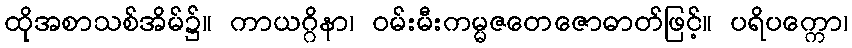
ထိုအစာသစ်အိမ်၌။ ကာယဂ္ဂိနာ၊ ဝမ်းမီးကမ္မဇတေဇောဓာတ်ဖြင့်။ ပရိပက္ကော၊